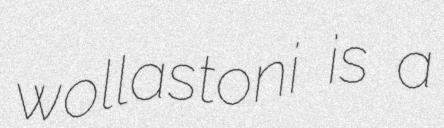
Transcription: wollastoni is a